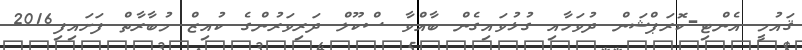
ޤައުމީ އެންޓި-ކޮރަޕްޝަން ދުވަހާއި ގުޅުވައިގެން ބާއްވާ ސްކޫލް ދަރިވަރުންގެ ކުއިޒް މުބާރާތް ފަށައިފި2016